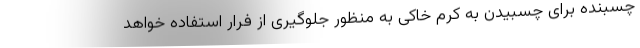
چسبنده برای چسبیدن به کرم خاکی به منظور جلوگیری از فرار استفاده خواهد